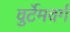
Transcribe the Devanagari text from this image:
वुर्टेमवर्ग